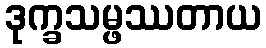
ဒုက္ခသမ္ဖဿတာယ